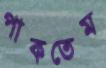
পাকতেম